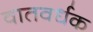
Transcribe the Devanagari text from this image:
वातवर्धक